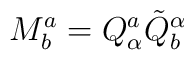
M^a_{b}=Q^a_{\alpha}\tilde{Q}^{\alpha}_b